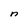
Character: n